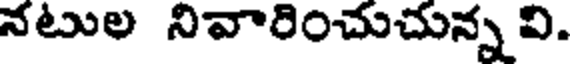
నటుల నివారించుచున్న వి.